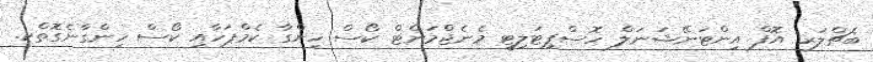
ބެޗްލަރ އޮފް އިންޓަނޭޝަނަލް ހޮސްޕިޓަލިޓީ މެނެޖްމަންޓް ކޯސް ހިންގާ ކެމްޕަހާއި ކޯސް ހިންގާނެގޮތްކ.